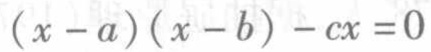
\((x - a)(x - b) - cx = 0\)